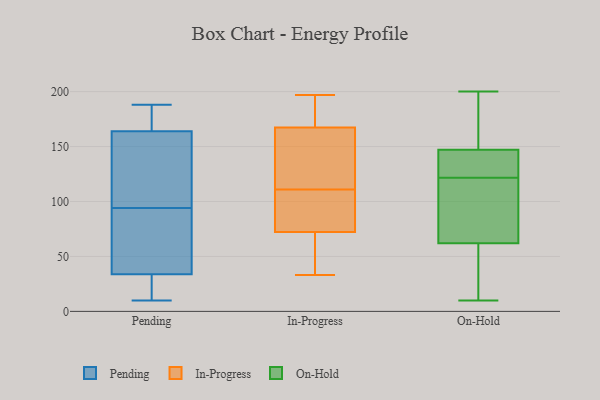
{"axis": {"x": "Humidity (%)", "y": "Value"}, "legend": ["In-Progress", "On-Hold", "Pending"], "data": [{"x": "", "y": 38, "type": "Pending"}, {"x": "", "y": 14, "type": "Pending"}, {"x": "", "y": 180, "type": "Pending"}, {"x": "", "y": 10, "type": "Pending"}, {"x": "", "y": 94, "type": "Pending"}, {"x": "", "y": 54, "type": "Pending"}, {"x": "", "y": 118, "type": "Pending"}, {"x": "", "y": 167, "type": "Pending"}, {"x": "", "y": 111, "type": "Pending"}, {"x": "", "y": 93, "type": "Pending"}, {"x": "", "y": 21, "type": "Pending"}, {"x": "", "y": 163, "type": "Pending"}, {"x": "", "y": 188, "type": "Pending"}, {"x": "", "y": 179, "type": "Pending"}, {"x": "", "y": 16, "type": "Pending"}, {"x": "", "y": 39, "type": "Pending"}, {"x": "", "y": 158, "type": "Pending"}, {"x": "", "y": 69, "type": "In-Progress"}, {"x": "", "y": 92, "type": "In-Progress"}, {"x": "", "y": 162, "type": "In-Progress"}, {"x": "", "y": 111, "type": "In-Progress"}, {"x": "", "y": 171, "type": "In-Progress"}, {"x": "", "y": 65, "type": "In-Progress"}, {"x": "", "y": 168, "type": "In-Progress"}, {"x": "", "y": 48, "type": "In-Progress"}, {"x": "", "y": 82, "type": "In-Progress"}, {"x": "", "y": 118, "type": "In-Progress"}, {"x": "", "y": 165, "type": "In-Progress"}, {"x": "", "y": 33, "type": "In-Progress"}, {"x": "", "y": 197, "type": "In-Progress"}, {"x": "", "y": 181, "type": "In-Progress"}, {"x": "", "y": 125, "type": "In-Progress"}, {"x": "", "y": 35, "type": "In-Progress"}, {"x": "", "y": 110, "type": "In-Progress"}, {"x": "", "y": 197, "type": "In-Progress"}, {"x": "", "y": 93, "type": "In-Progress"}, {"x": "", "y": 118, "type": "On-Hold"}, {"x": "", "y": 129, "type": "On-Hold"}, {"x": "", "y": 141, "type": "On-Hold"}, {"x": "", "y": 22, "type": "On-Hold"}, {"x": "", "y": 111, "type": "On-Hold"}, {"x": "", "y": 142, "type": "On-Hold"}, {"x": "", "y": 10, "type": "On-Hold"}, {"x": "", "y": 163, "type": "On-Hold"}, {"x": "", "y": 125, "type": "On-Hold"}, {"x": "", "y": 200, "type": "On-Hold"}, {"x": "", "y": 47, "type": "On-Hold"}, {"x": "", "y": 62, "type": "On-Hold"}, {"x": "", "y": 170, "type": "On-Hold"}, {"x": "", "y": 30, "type": "On-Hold"}, {"x": "", "y": 147, "type": "On-Hold"}, {"x": "", "y": 116, "type": "On-Hold"}, {"x": "", "y": 196, "type": "On-Hold"}, {"x": "", "y": 74, "type": "On-Hold"}]}